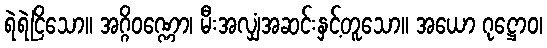
ရဲရဲငြိသော။ အဂ္ဂိဝဏ္ဏော၊ မီးအလျှံအဆင်းနှင့်တူသော။ အယော ဂုဋ္ဌောဝ၊